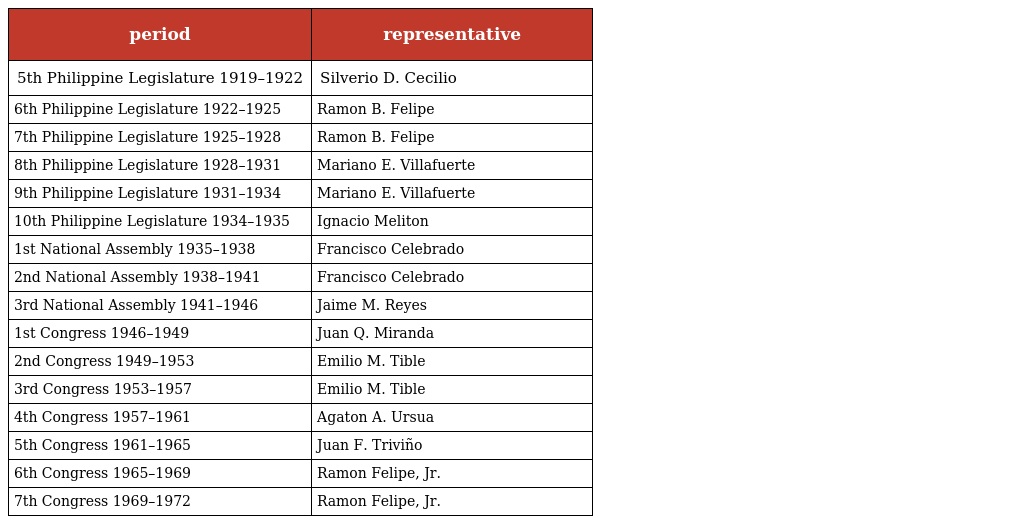
| period | representative |
 | --- | --- |
 | 5th Philippine Legislature 1919–1922 | Silverio D. Cecilio |
 | 6th Philippine Legislature 1922–1925 | Ramon B. Felipe |
 | 7th Philippine Legislature 1925–1928 | Ramon B. Felipe |
 | 8th Philippine Legislature 1928–1931 | Mariano E. Villafuerte |
 | 9th Philippine Legislature 1931–1934 | Mariano E. Villafuerte |
 | 10th Philippine Legislature 1934–1935 | Ignacio Meliton |
 | 1st National Assembly 1935–1938 | Francisco Celebrado |
 | 2nd National Assembly 1938–1941 | Francisco Celebrado |
 | 3rd National Assembly 1941–1946 | Jaime M. Reyes |
 | 1st Congress 1946–1949 | Juan Q. Miranda |
 | 2nd Congress 1949–1953 | Emilio M. Tible |
 | 3rd Congress 1953–1957 | Emilio M. Tible |
 | 4th Congress 1957–1961 | Agaton A. Ursua |
 | 5th Congress 1961–1965 | Juan F. Triviño |
 | 6th Congress 1965–1969 | Ramon Felipe, Jr. |
 | 7th Congress 1969–1972 | Ramon Felipe, Jr. |